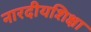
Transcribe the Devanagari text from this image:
नारदीयशिक्षा